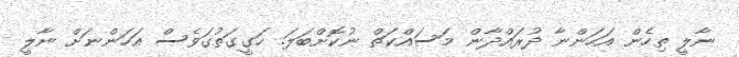
ނާލީ ތިހެން އަހަންނާ ދުރައްދާން މަސައްކަތް ނުކޮށްބަލަ. ހަގީގަތުގަވެސް އަހަންނަށް ނާލީ